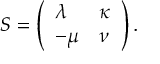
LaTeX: S = \left( \begin{array} { l l } { { \lambda } } & { { \kappa } } \\ { { - \mu } } & { { \nu } } \end{array} \right) .